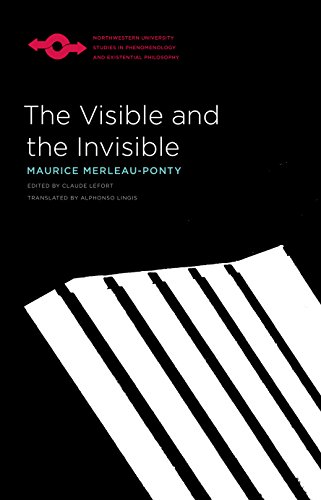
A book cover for The Visible and the Invisible (Studies in Phenomenology and Existential Philosophy); Maurice Merleau-Ponty; Politics & Social Sciences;